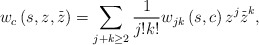
\begin{align*}w_{c}\left( s,z,\overset{\_}{z}\right) =\sum\limits_{j+k\geq 2}\frac{1}{j!k!}w_{jk}\left( s,c\right) z^{j}\overset{\_}{z}^{k}, \end{align*}